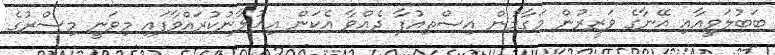
ބަބުލަވީއާއި އޭނާގެ ވަޒީރުން މަގާމުން އިސްތިއުފާ ދެއްވާ އެކަން އިއުލާނުކުރައްވާފައި މިވަނީ މިސްރުގެ